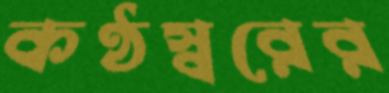
কণ্ঠস্বরের